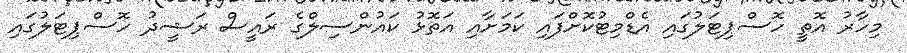
މިހާރު އޮތީ ހޮސްޕިޓަލުގައި އެޑްމިޓުކޮށްފައި ކަމަށާއި އަތޮޅު ކައުންސިލްގެ ރައީސް ރަޝީދު ހޮސްޕިޓަލުގައި